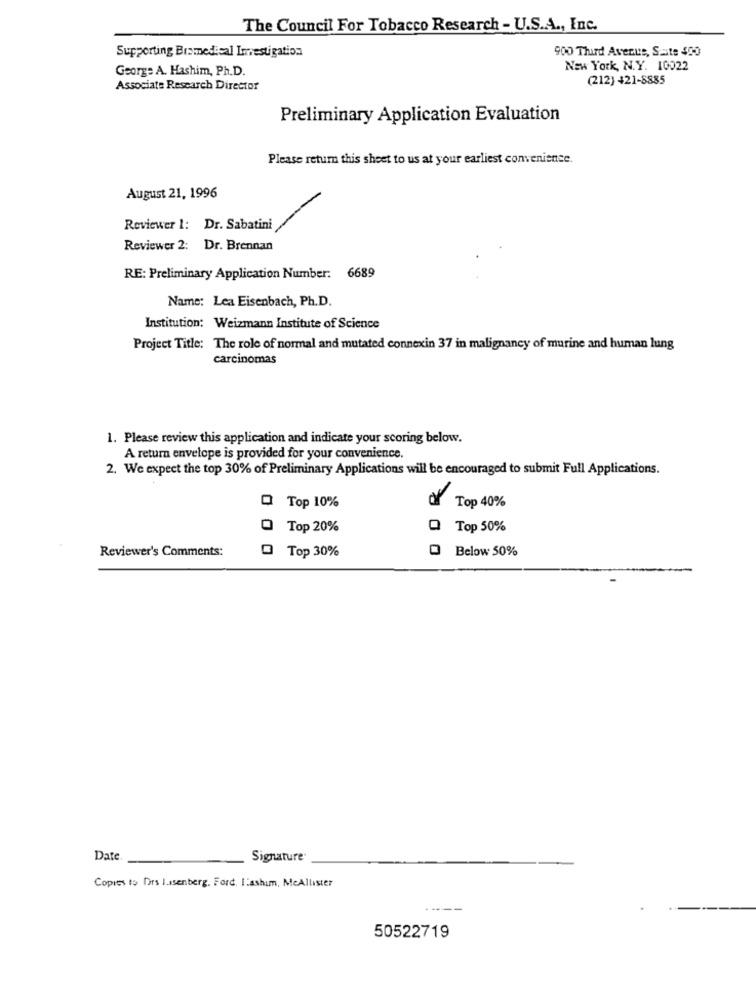
The Council For Tobacco Research - U.S.A ., Inc.
Supporting Bramedical Investigation
900 Third Avenue, Saate 400
George A. Hashim, Ph.D.
New York, N.Y. 10022
(212) +21-8885
Associate Research Director
Preliminary Application Evaluation
Please return this sheet to us at your earliest convenience.
August 21, 1996
Reviewer 1: Dr. Sabatini
Reviewer 2: Dr. Brennan
RE: Preliminary Application Number: 6689
Name: Lea Eisenbach, Ph.D.
Institution: Weizmann Institute of Science
Project Title: The role of normal and mutated connexin 37 in malignancy of murine and human lung
carcinomas
1. Please review this application and indicate your scoring below.
A return envelope is provided for your convenience.
2. We expect the top 30% of Preliminary Applications will be encouraged to submit Full Applications.
Q Top 10%
Top 40%
Top 20%
Q Top 50%
Reviewer's Comments:
Below 50%
@ Top 30%
Date
Signature
Copies to Drs Issenberg. Ford. I ashum, MeAllister
50522719